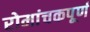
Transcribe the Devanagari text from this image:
रोमांचकपूर्ण